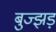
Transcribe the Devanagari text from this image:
बुज्झड़